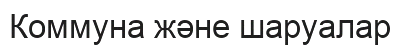
Коммуна және шаруалар